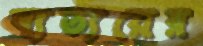
ব্যত্যয়ের